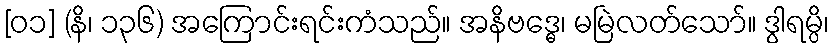
[၀၁] (နိ၊ ၁၃၆) အကြောင်းရင်းကံသည်။ အနိဗဒ္ဓေ၊ မမြဲလတ်သော်။ ဒွါရမ္ပိ၊